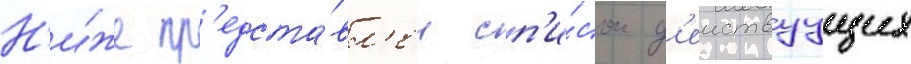
Н'и́же пр'едста́вл'ен сп'и́сок д'еиствуущих